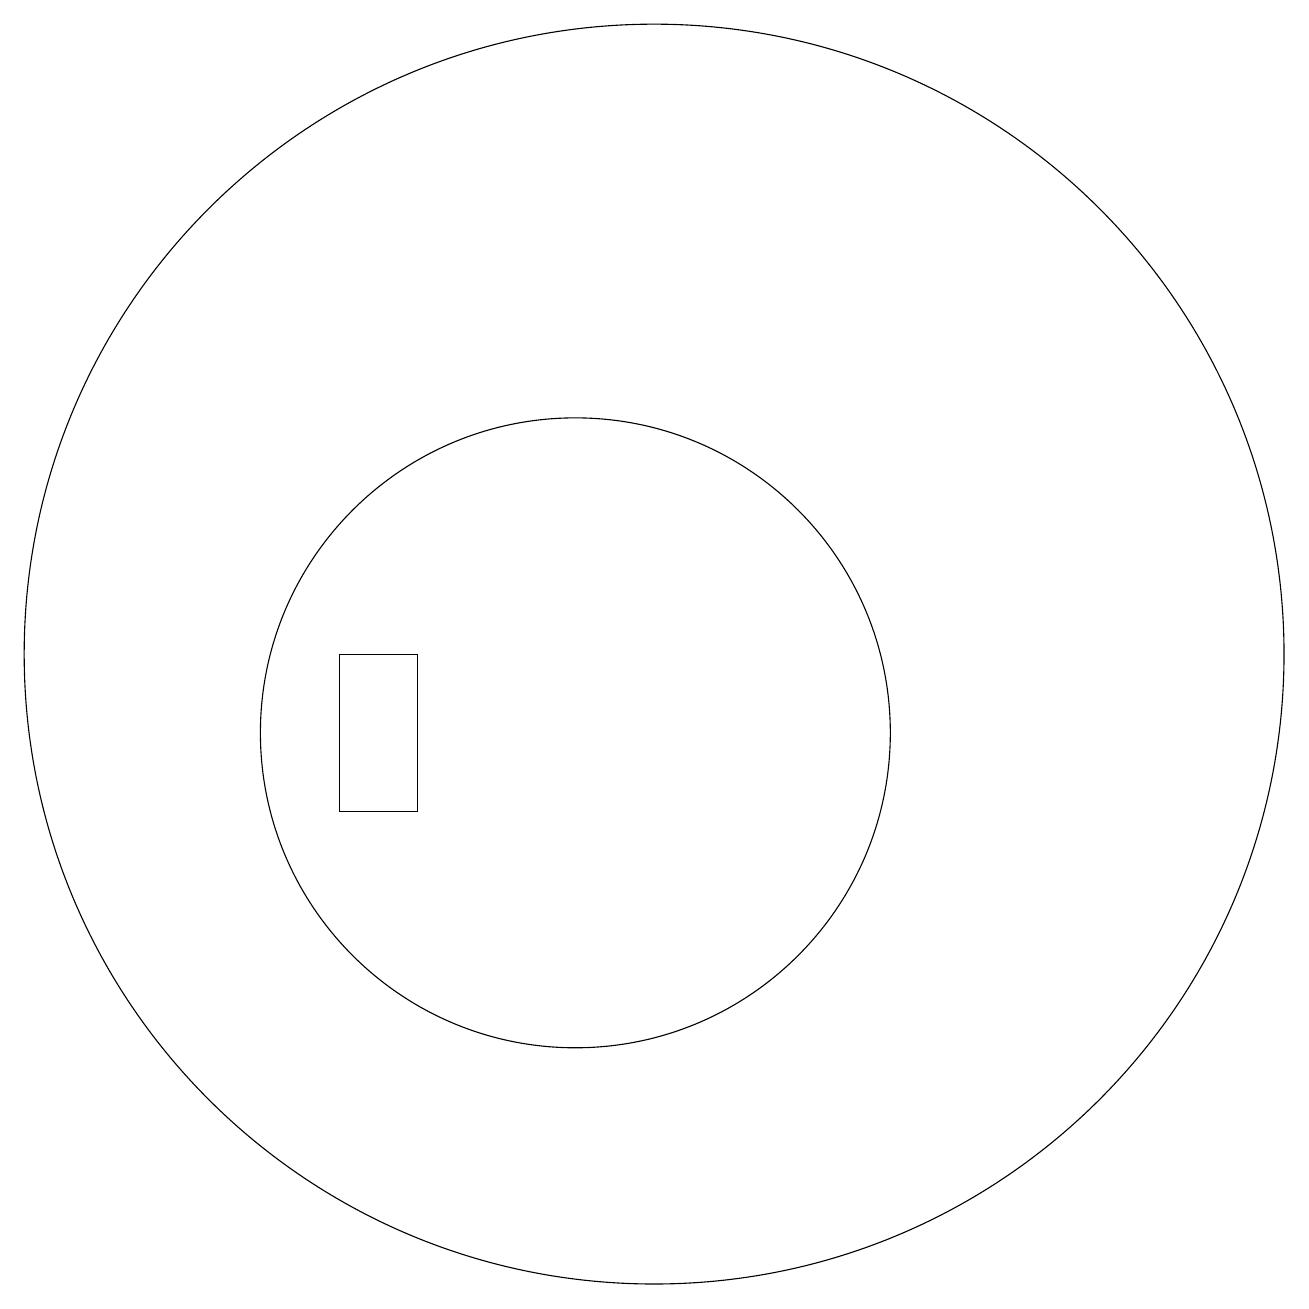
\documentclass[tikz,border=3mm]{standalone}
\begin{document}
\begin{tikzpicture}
\draw (11,12) circle (8);
\draw (10,11) circle (4);
\draw (8,12) rectangle (7,10);
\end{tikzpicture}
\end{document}